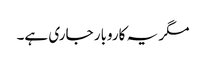
مگر یہ کاروبار جاری ہے۔